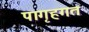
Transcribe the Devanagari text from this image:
पागृहगत